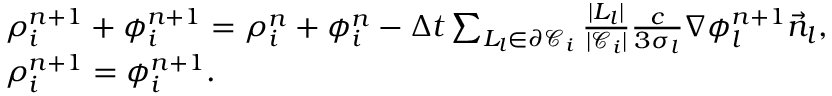
\begin{array} { r l } & { \rho _ { i } ^ { n + 1 } + \phi _ { i } ^ { n + 1 } = \rho _ { i } ^ { n } + \phi _ { i } ^ { n } - \Delta t \sum _ { L _ { l } \in \partial \mathcal { C } _ { i } } \frac { | L _ { l } | } { | \mathcal { C } _ { i } | } \frac { c } { 3 \sigma _ { l } } \nabla \phi _ { l } ^ { n + 1 } \vec { n } _ { l } , } \\ & { \rho _ { i } ^ { n + 1 } = \phi _ { i } ^ { n + 1 } . } \end{array}